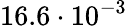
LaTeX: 16.6\cdot 10^{-3}